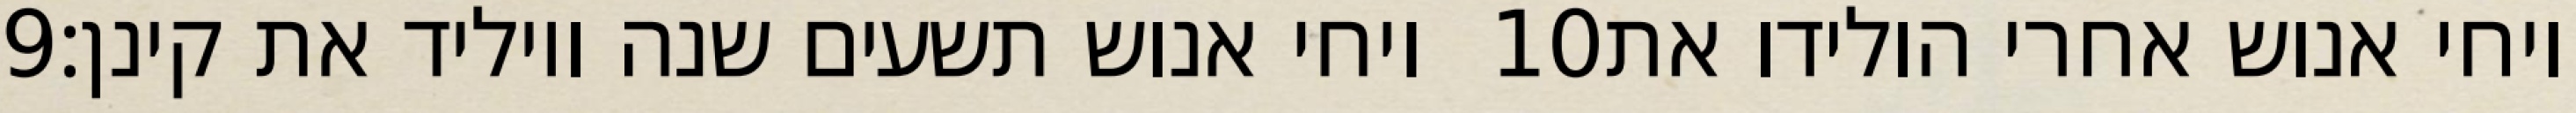
‎9‏ ויחי אנוש תשעים שנה ויוליד את קינן׃ ‎10‏ ויחי אנוש אחרי הולידו את